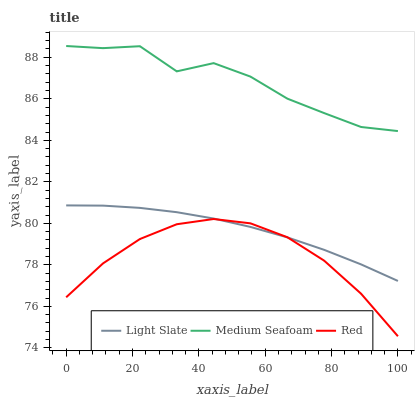
| xaxis_label | Light Slate | Medium Seafoam | Red |
 | --- | --- | --- | --- |
 | 0 | 80.9 | 88.5 | 76.4 |
 | 11.1 | 80.9 | 88.4 | 78.1 |
 | 22.2 | 80.7 | 88.5 | 79.2 |
 | 33.3 | 80.5 | 87.3 | 80 |
 | 44.4 | 80.2 | 87.7 | 80.2 |
 | 55.6 | 79.8 | 87.1 | 80 |
 | 66.7 | 79.3 | 86 | 79.3 |
 | 77.8 | 78.7 | 85.3 | 78.2 |
 | 88.9 | 78 | 84.6 | 76.6 |
 | 100 | 77.2 | 84.4 | 74.6 |